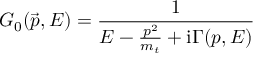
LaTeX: { \cal G } _ { 0 } ( \vec { p } , E ) = { \frac { 1 } { E - { \frac { p ^ { 2 } } { m _ { t } } } + \mathrm { i } \Gamma ( p , E ) } }